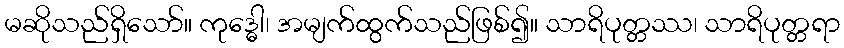
မဆိုသည်ရှိသော်။ ကုဒ္ဓေါ၊ အမျက်ထွက်သည်ဖြစ်၍။ သာရိပုတ္တဿ၊ သာရိပုတ္တရာ